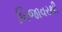
બિજાવરથી